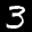
Label: 3